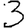
Digit: 3